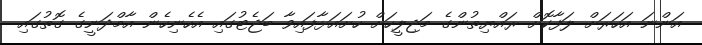
އަންނަ އަހަރަށް ލަފާކޮށް ރައްޔިތުންގެ މަޖިލީހަށް ހުށައަޅާފައިވާ ބަޖެޓުގައި އެހެނިހެން އާމްދަނީގެ ގޮތުގައި